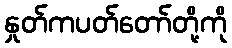
နှုတ်ကပတ်တော်တို့ကို